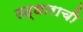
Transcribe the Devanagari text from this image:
उद्धाराची